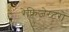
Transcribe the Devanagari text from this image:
रेफ्रिजेरटरों